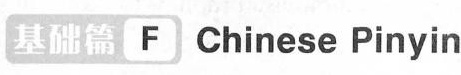
基础篇 F Chinese Pinyin